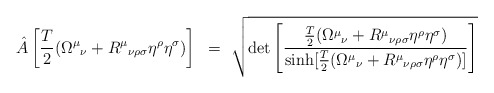
\begin{align*}{\hat A} \left[ {T \over 2} ({\Omega^{\mu}}_{\nu} +{R^{\mu}}_{\nu\rho\sigma}\eta^\rho\eta^\sigma ) \right] ~=~\sqrt{ \det \left[ { \frac{T}{2} ({\Omega^{\mu}}_{\nu} +{R^{\mu}}_{\nu\rho\sigma}\eta^\rho\eta^\sigma) \over\sinh [ \frac{T}{2} ({\Omega^{\mu}}_{\nu} +{R^{\mu}}_{\nu\rho\sigma}\eta^\rho\eta^\sigma) ] } \right] }\end{align*}